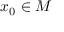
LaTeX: x _ { 0 } \in M